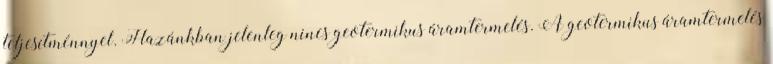
teljesítménnyel. Hazánkban jelenleg nincs geotermikus áramtermelés. A geotermikus áramtermelés